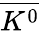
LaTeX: \overline{{K^{0}}}